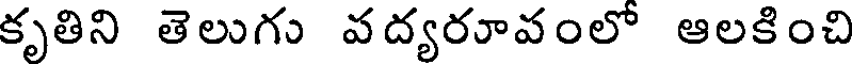
కృతిని తెలుగు వద్యరూవంలో ఆలకించి